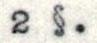
2 §.